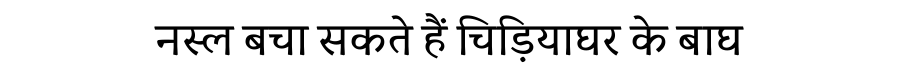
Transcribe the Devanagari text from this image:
नस्ल बचा सकते हैं चिड़ियाघर के बाघ